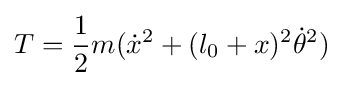
T={\frac {1}{2}}m({\dot {x}}^{2}+(l_{0}+x)^{2}{\dot {\theta }}^{2})